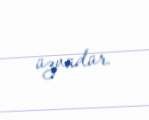
üzvüdür.